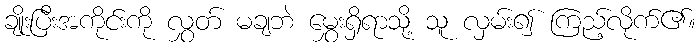
ချိုးပြီးအကိုင်းကို လွှတ် မချဘဲ မွှေးရှိရာသို့ သူ လှမ်း၍ ကြည့်လိုက်၏။